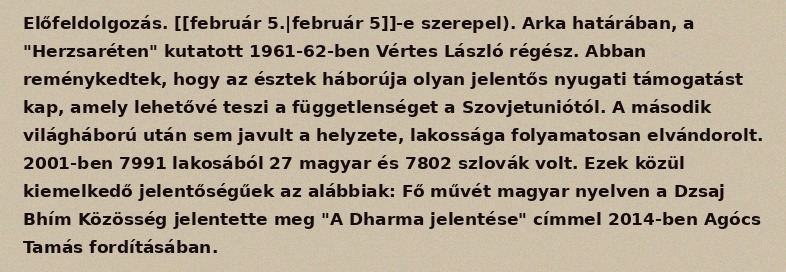
Előfeldolgozás. [[február 5.|február 5]]-e szerepel). Arka határában, a "Herzsaréten" kutatott 1961-62-ben Vértes László régész. Abban reménykedtek, hogy az észtek háborúja olyan jelentős nyugati támogatást kap, amely lehetővé teszi a függetlenséget a Szovjetuniótól. A második világháború után sem javult a helyzete, lakossága folyamatosan elvándorolt. 2001-ben 7991 lakosából 27 magyar és 7802 szlovák volt. Ezek közül kiemelkedő jelentőségűek az alábbiak: Fő művét magyar nyelven a Dzsaj Bhím Közösség jelentette meg "A Dharma jelentése" címmel 2014-ben Agócs Tamás fordításában.